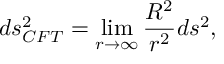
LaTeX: d s _ { C F T } ^ { 2 } = \operatorname * { l i m } _ { r \rightarrow \infty } \frac { R ^ { 2 } } { r ^ { 2 } } d s ^ { 2 } ,